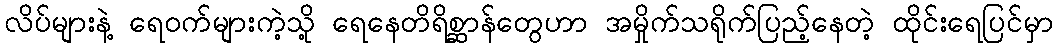
လိပ်များနဲ့ ရေဝက်များကဲ့သို့ ရေနေတိရိစ္ဆာန်တွေဟာ အမှိုက်သရိုက်ပြည့်နေတဲ့ ထိုင်းရေပြင်မှာ